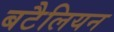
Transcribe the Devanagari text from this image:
बटैलियन